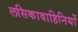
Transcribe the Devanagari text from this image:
लसिकावाहिनियों